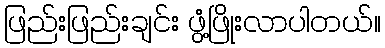
ဖြည်းဖြည်းချင်း ဖွံ့ဖြိုးလာပါတယ်။